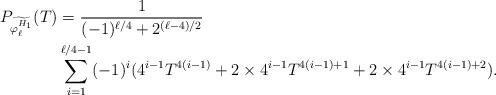
LaTeX: \begin{align*}P_{\widetilde{\varphi_{\ell}^{H_1}}}(T)&=\frac{1}{(-1)^{\ell/4}+2^{(\ell-4)/2}}\\&\sum_{i=1}^{\ell/4-1}(-1)^{i}(4^{i-1}T^{4(i-1)}+2\times 4^{i-1}T^{4(i-1)+1}+2\times 4^{i-1}T^{4(i-1)+2}). \end{align*}